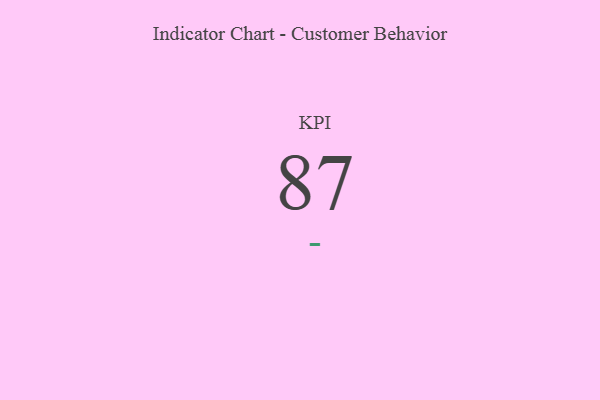
{"axis": {"x": "KPI", "y": "Value"}, "legend": [""], "data": [{"x": "KPI", "y": 87, "type": ""}]}